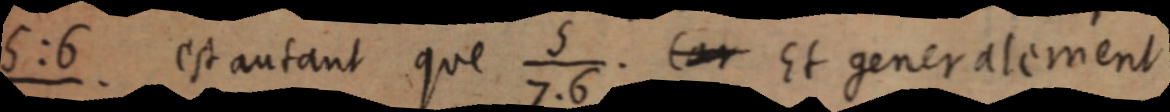
5:6/7 est autant que 5/7.6. [car] Et généralement